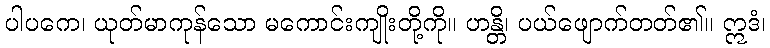
ပါပကေ၊ ယုတ်မာကုန်သော မကောင်းကျိုးတို့ကို။ ဟန္တိ၊ ပယ်ဖျောက်တတ်၏။ ဣဒံ၊